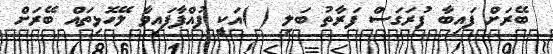
ބޭރަށް ފައިބާ ފުރަގަސް ފަރާތު ބަލި ( )އަކީ ފުއްޕާފައިވާ ލޭހޮޅިތައް ބޭރަށް